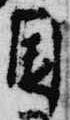
園